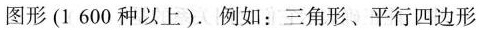
图形(1600种以上)。例如：三角形、平行四边形